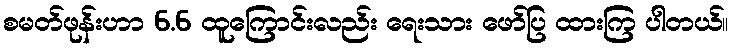
စမတ်ဖုန်းဟာ 6.6 ထူကြောင်းလည်း ရေးသား ဖော်ပြ ထားကြ ပါတယ်။